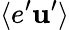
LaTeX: \langle{e^{\prime}{\textbf{u}}^{\prime}}\rangle